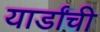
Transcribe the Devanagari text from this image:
यार्डांची